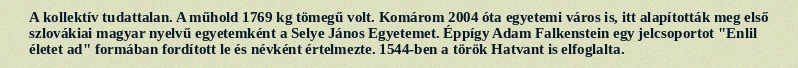
A kollektív tudattalan. A műhold 1769 kg tömegű volt. Komárom 2004 óta egyetemi város is, itt alapították meg első szlovákiai magyar nyelvű egyetemként a Selye János Egyetemet. Éppígy Adam Falkenstein egy jelcsoportot "Enlil életet ad" formában fordított le és névként értelmezte. 1544-ben a török Hatvant is elfoglalta.